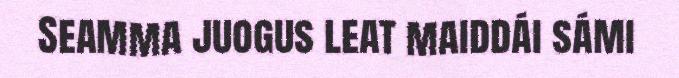
Seamma juogus leat maiddái sámi